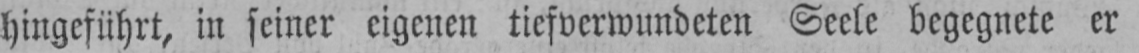
hingeführt, in seiner eigenen tiefverwundeten Seele begegnete er